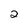
Character: 2